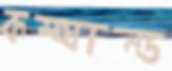
কম্যান্ড